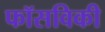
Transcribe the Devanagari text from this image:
फॉसविकी